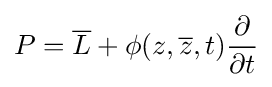
P={\overline {L}}+\phi (z,{\overline {z}},t){\frac {\partial }{\partial t}}